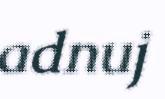
adnuj